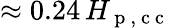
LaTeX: \approx 0.24\, H_{\mathrm{~p~,~c~c~}}